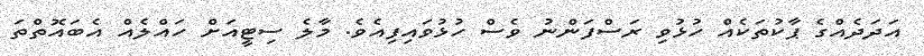
އަދަދެއްގެ ޕާކުތަކެއް ހުޅުވި ރަސްފަންނު ވެސް ހުޅުވައިފިއެވެ. މާލެ ސިޓީއަށް ހައްލެއް އެބައޮތްތަ